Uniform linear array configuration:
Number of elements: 64
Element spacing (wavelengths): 0.25
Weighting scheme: blackman
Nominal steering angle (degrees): -30
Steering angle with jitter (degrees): -31.539
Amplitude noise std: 0.05
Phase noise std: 0.05

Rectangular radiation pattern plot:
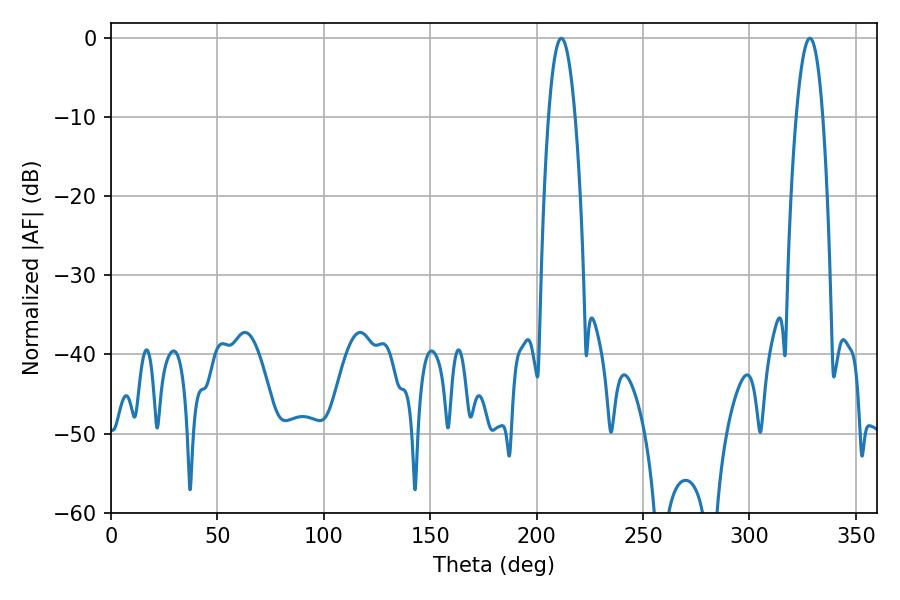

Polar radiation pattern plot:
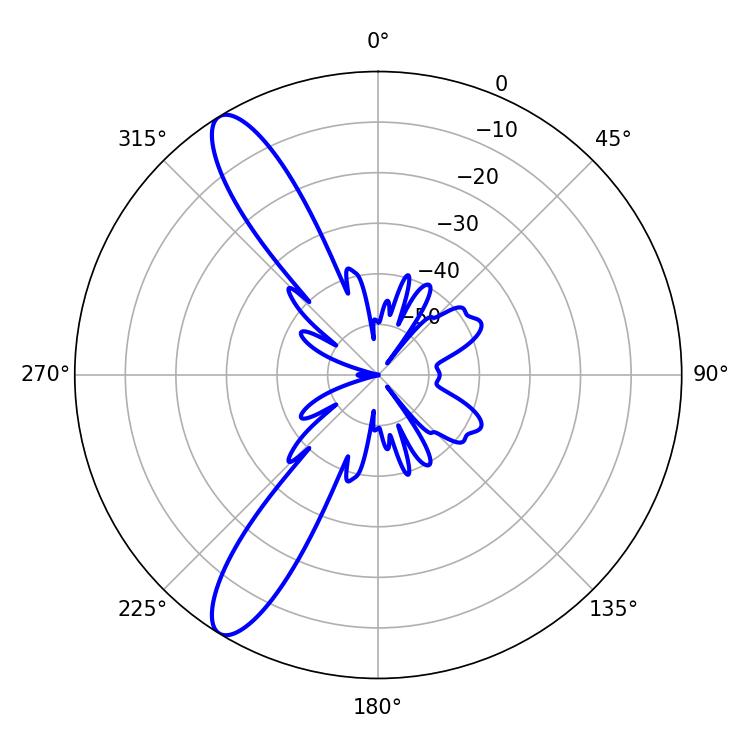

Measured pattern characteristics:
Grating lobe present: FALSE
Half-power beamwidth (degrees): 6.84
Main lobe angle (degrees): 328.32